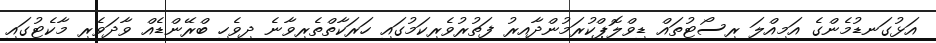
އަޅުގަނޑުމެންގެ އަމިއްލަ ރިސޯޓުތައް ޑިވްލޮޕްކުރަމުންދާއިރު ފަތުރުވެރިކަމުގައި ހަރަކާތްތެރިވާނެ ދިވެހި ބްރޭންޑެއް ވާދަވެރި މާކެޓުގައި